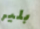
بلير